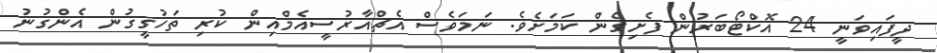
ދީފައިވަނީ 24 އޮކްޓޯބަރުން ފެށިގެން ކަމަށެވެ. ނަމަވެސް އެޗްއާރުސީއެމްއިން ކުރި ތަހުގީގުން އެންގުނު